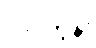
လင်ကွန်း